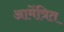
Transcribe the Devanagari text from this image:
आमेंत्रित